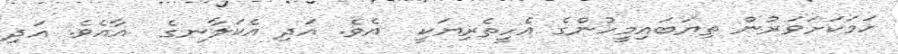
ހަމަކަށަވަރުން ތިޔަބައިމީހުންގެ އެހީތެރިޔަކީ  އެވެ. އަދި އެކަލާނގެ  އާއެވެ. އަދި